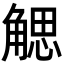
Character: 䚡